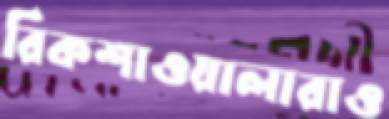
রিকশাওয়ালারাও